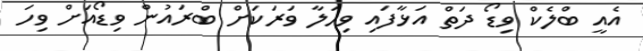
އެއީ ބްލެކް ވިޑޯ ދަތް އަޅާފައި ވިހަލާ ވަރަކަށް ބްރައުން ވިޑޯއަށް ވިހަ